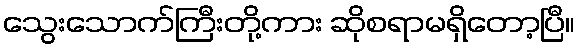
သွေးသောက်ကြီးတို့ကား ဆိုစရာမရှိတော့ပြီ။